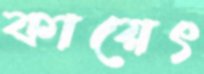
কায়েৎ